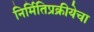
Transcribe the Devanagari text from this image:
निर्मितिप्रक्रीयेचा